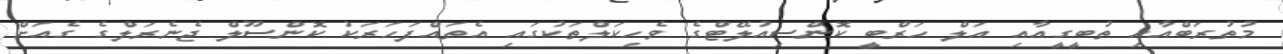
މުތުރަބްއާއި ތުބީގީއާއި އަލް ހަރްބީ ކޮންސިއުލޭޓްގެ ވެހިކަލްތަކުގައި އެތައްފަހަރަކު ކޮންސޫލް ޖެނެރަލްގެ ގެއަށް